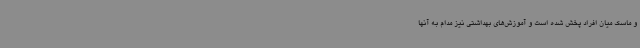
و ماسک میان افراد پخش شده است و آموزش‌های بهداشتی نیز مدام به آنها